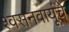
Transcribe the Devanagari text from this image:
श्वसनवायूंचे